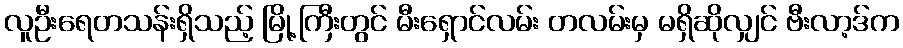
လူဦးရေတသန်းရှိသည့် မြို့ကြီးတွင် မီးရှောင်လမ်း တလမ်းမှ မရှိဆိုလျှင် ဗီးလာ့ဒ်က